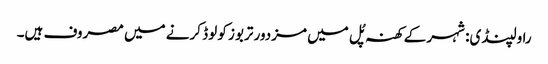
راولپنڈی: شہر کے کھنہ پُل میں مزدور تربوز کو لوڈ کرنے میں مصروف ہیں۔